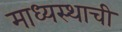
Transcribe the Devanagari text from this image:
माध्यस्थाची